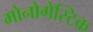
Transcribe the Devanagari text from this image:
मोनोगेस्टिक